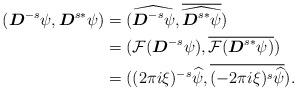
LaTeX: \begin{align*} \begin{aligned} (\boldsymbol{D}^{-s}\psi, \boldsymbol{D}^{s*}\psi)&=(\widehat{\boldsymbol{D}^{-s}\psi}, \overline{\widehat{\boldsymbol{D}^{s*}\psi}})\\ &=(\mathcal{F}(\boldsymbol{D}^{-s}\psi), \overline{\mathcal{F}(\boldsymbol{D}^{s*}\psi)})\\ &=((2\pi i\xi)^{-s}\widehat{\psi}, \overline{(-2\pi i \xi)^{s}\widehat{\psi}}). \end{aligned} \end{align*}